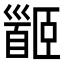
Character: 𩠡